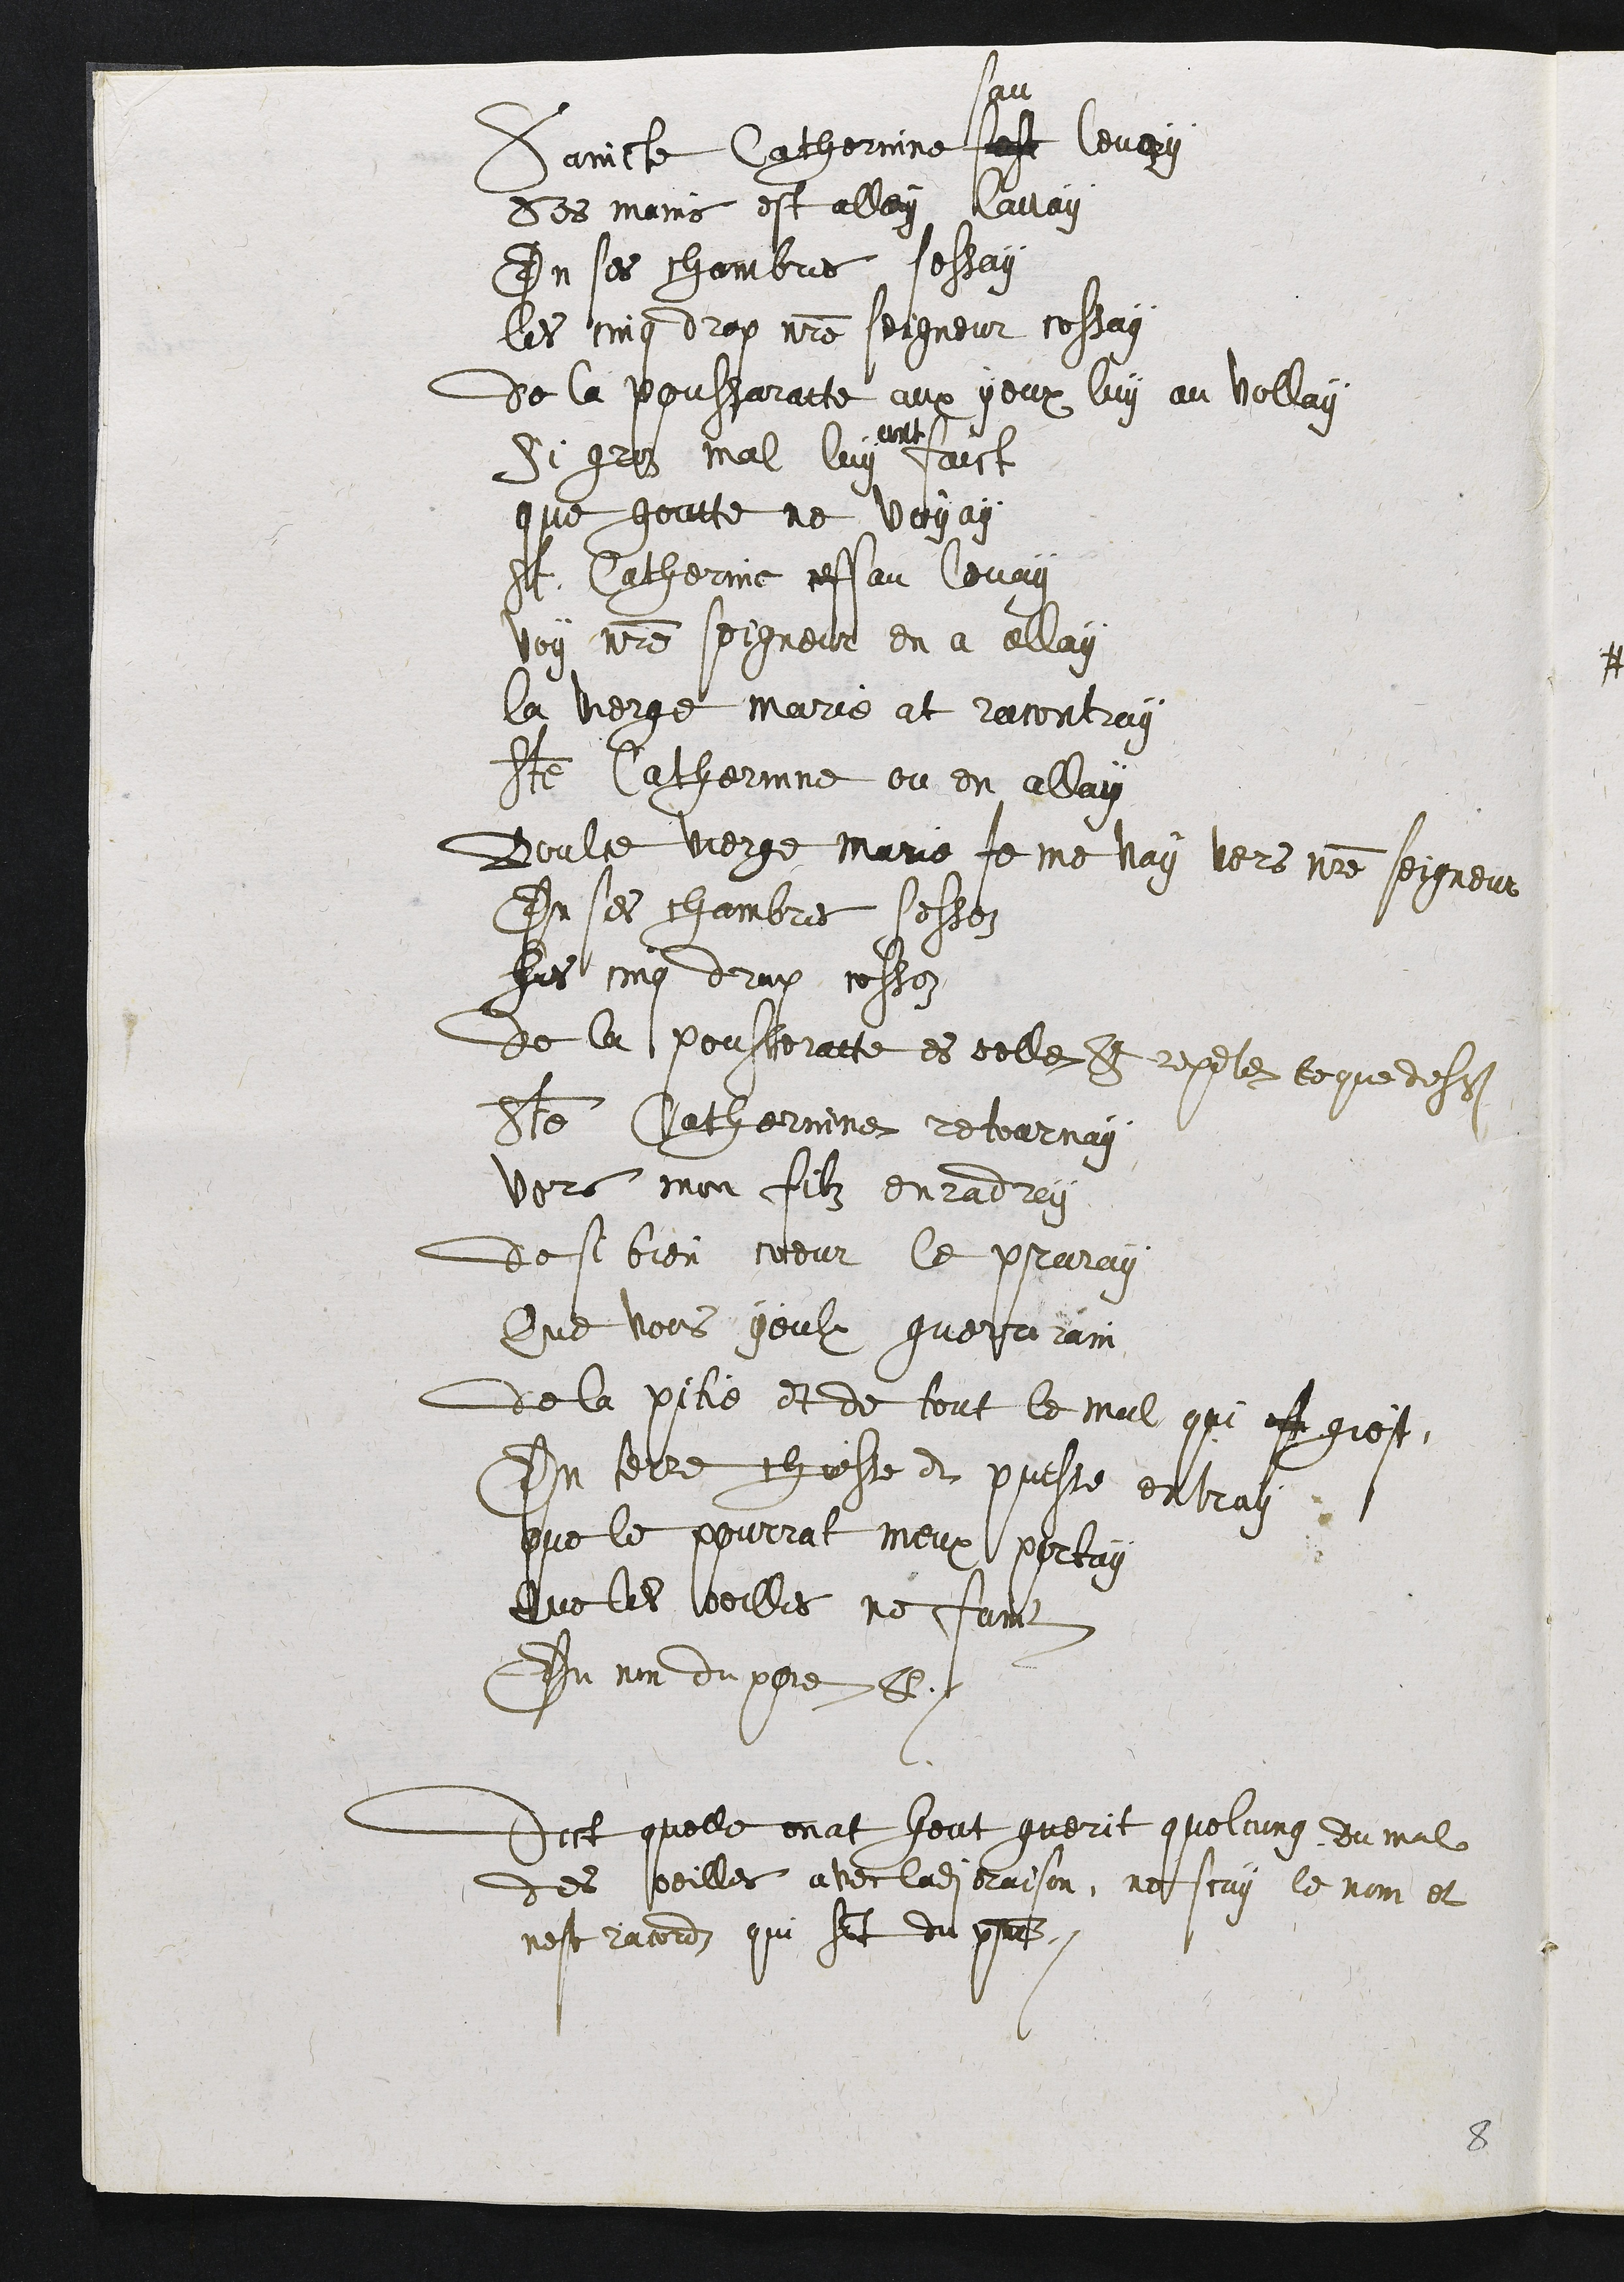
Saincte Catherine feste
san
levay
ses mains est allay lavay
En ses chambre lessay
les cinq drap n [ot]re Seigneur cessay
de la poussaratte aux yeux luy an vollay
si gros mal luy
ant
faict
que goutte ne voyay
St. Catherine cestan levay
voy n[ost]re Seigneur en a allay
la vierge marie at racontray
S[ainc]te Catherine ou en allay
Doulce vierge marie je me vay vers n[ost]re Seigneur
En ses chambres [sessez]
Ses cinq drap [cessez]
De la pousseratte et celle et repete ce que des[sus]
S[ainc]te Catherine retournay
Vers mon filz enradrey
de si bien cœur le praray
Que tous yeulx guerrirain
de la pitie et de tout le mal qui est gie[st]
En terre chiesse et puisse entray
que le pourrat meux portay
Que les oeilles ne [fonct]
En non du pere [etc]
Dict quelle en at heut guerit quelcung du mal
des oeilles avec ladite oraison, ne scay le nom et
Nest racord qui soit du p[resa]nt.